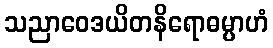
သညာဝေဒယိတနိရောဓမ္ပာဟံ